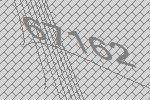
67162